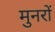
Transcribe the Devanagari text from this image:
मुनरों